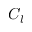
C _ { l }